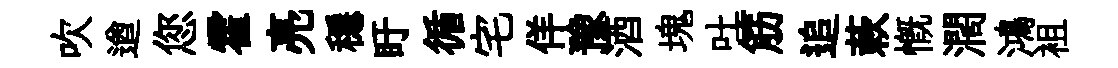
吹遒您霍亮穩盱循宅佯豫酒塊吐筋追蔌慨濶鴻袓